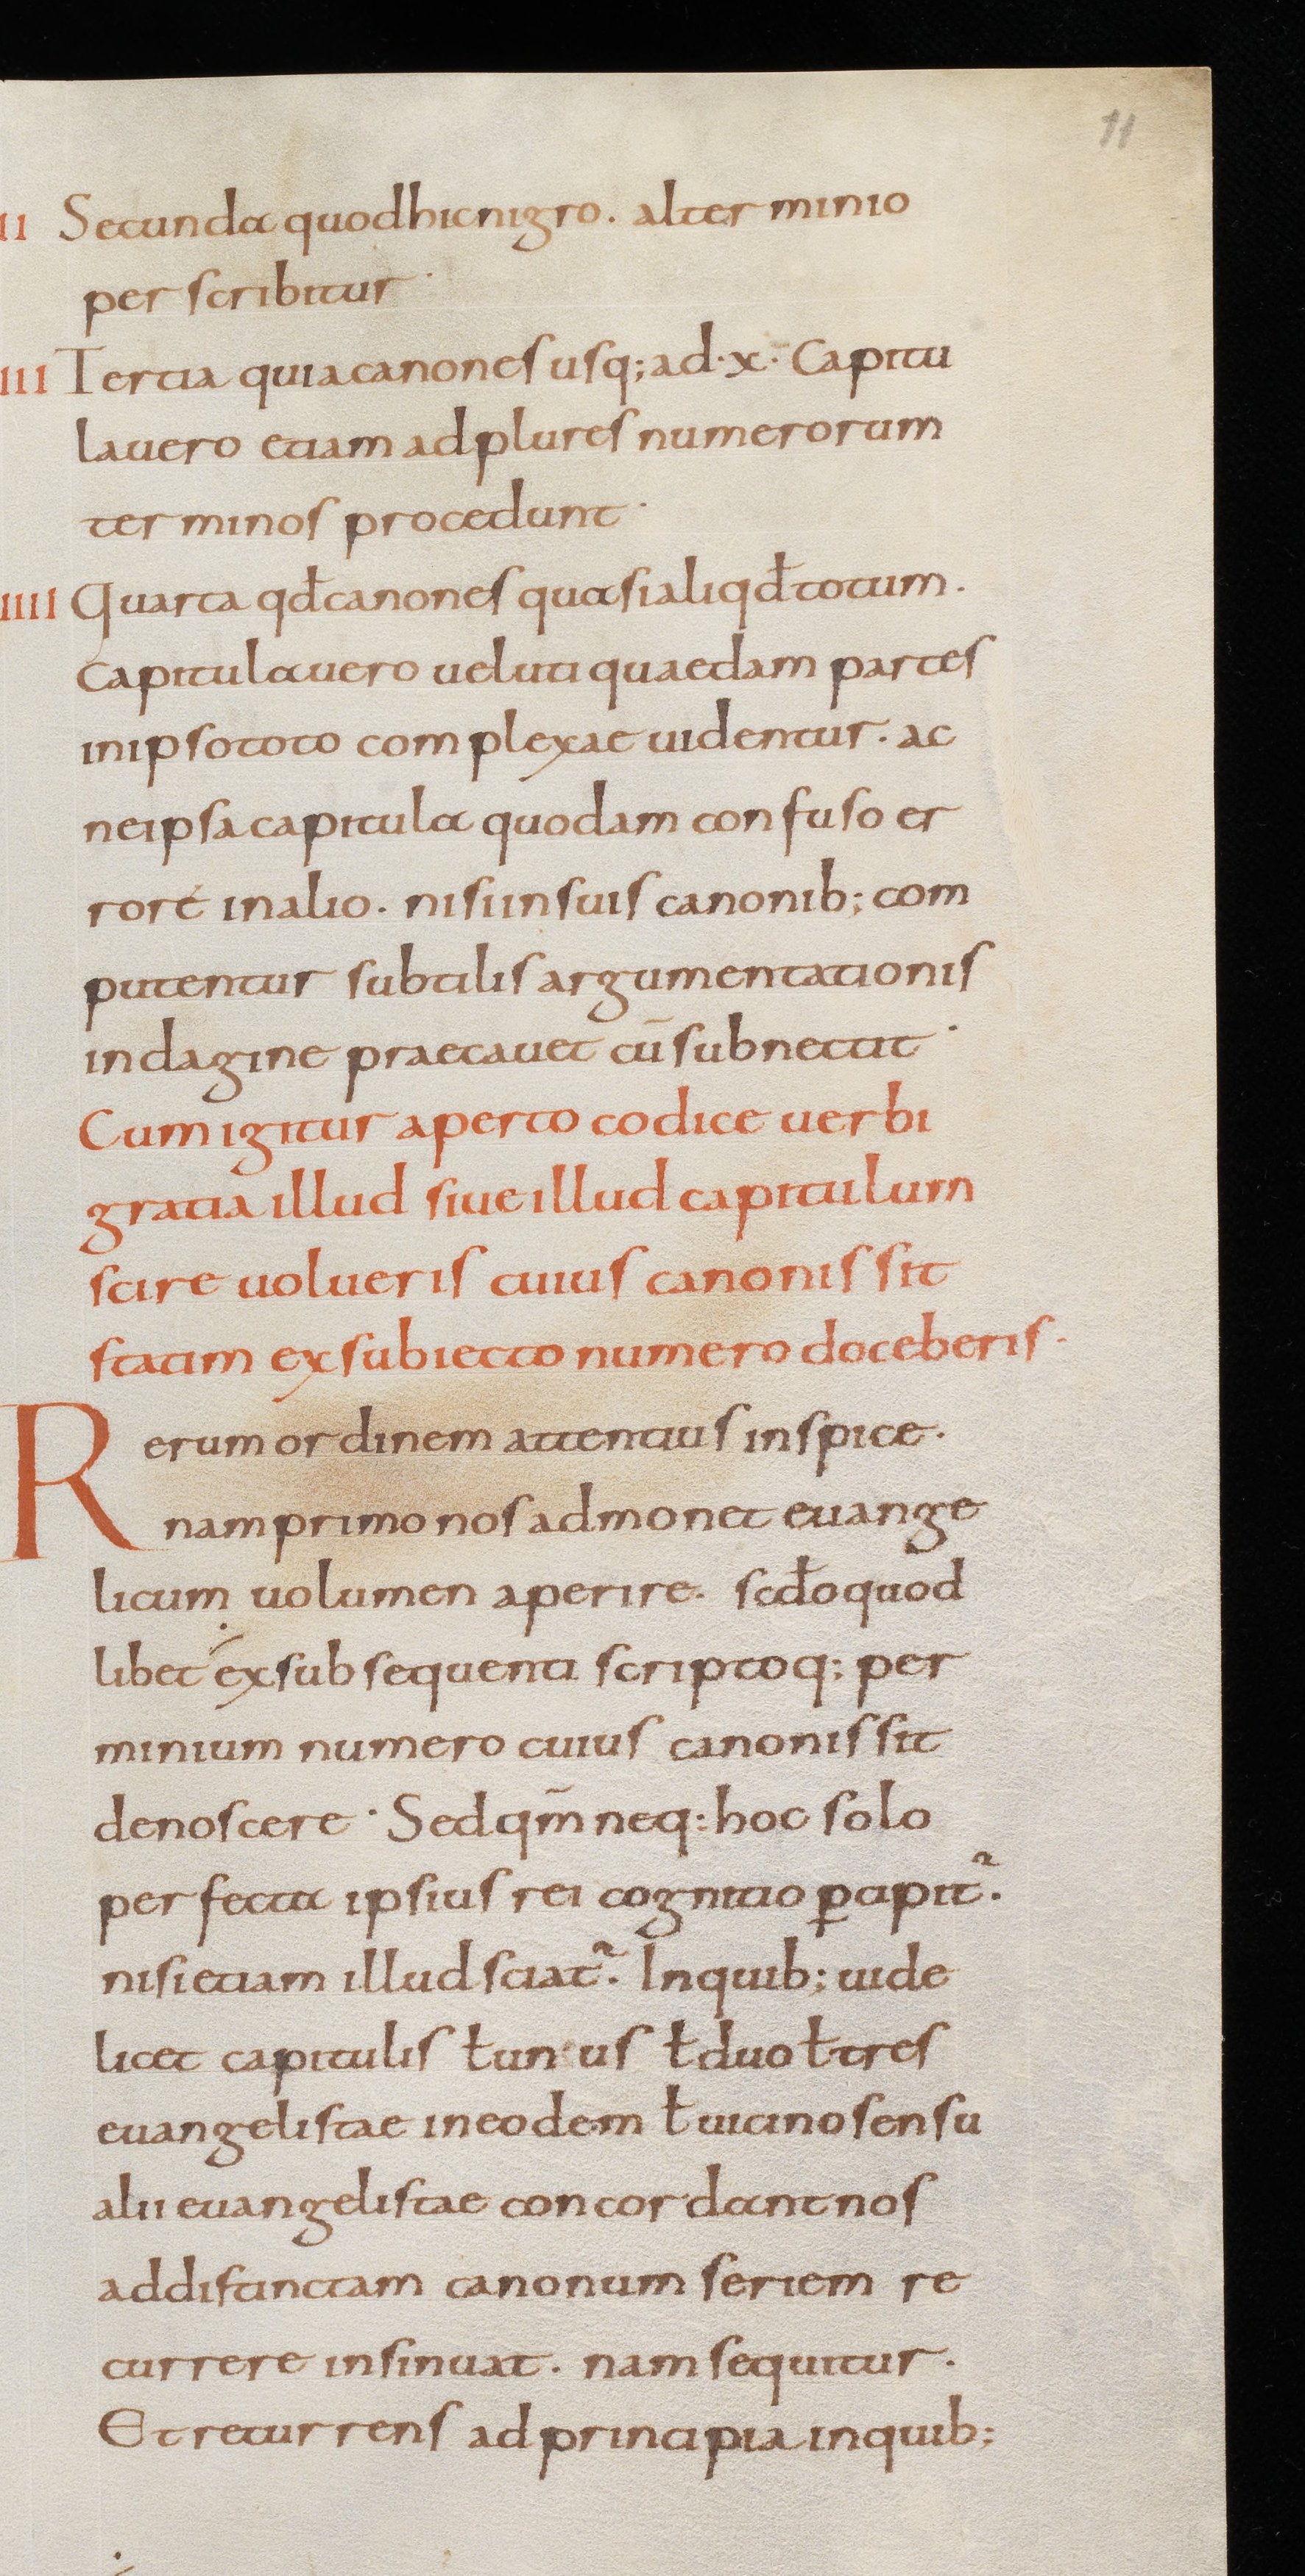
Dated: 867–899